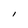
Character: l